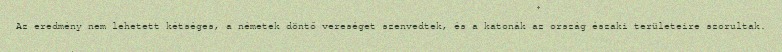
Az eredmény nem lehetett kétséges, a németek döntő vereséget szenvedtek, és a katonák az ország északi területeire szorultak.